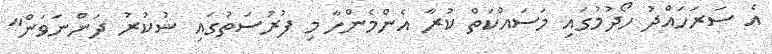
އެ ސަރަހައްދު ހޯދުމުގައި މަސައްކަތް ކުރާ އެންމެންހާ މި ފުރުސަތުގައި ޝުކުރު ދަންނަވަން"